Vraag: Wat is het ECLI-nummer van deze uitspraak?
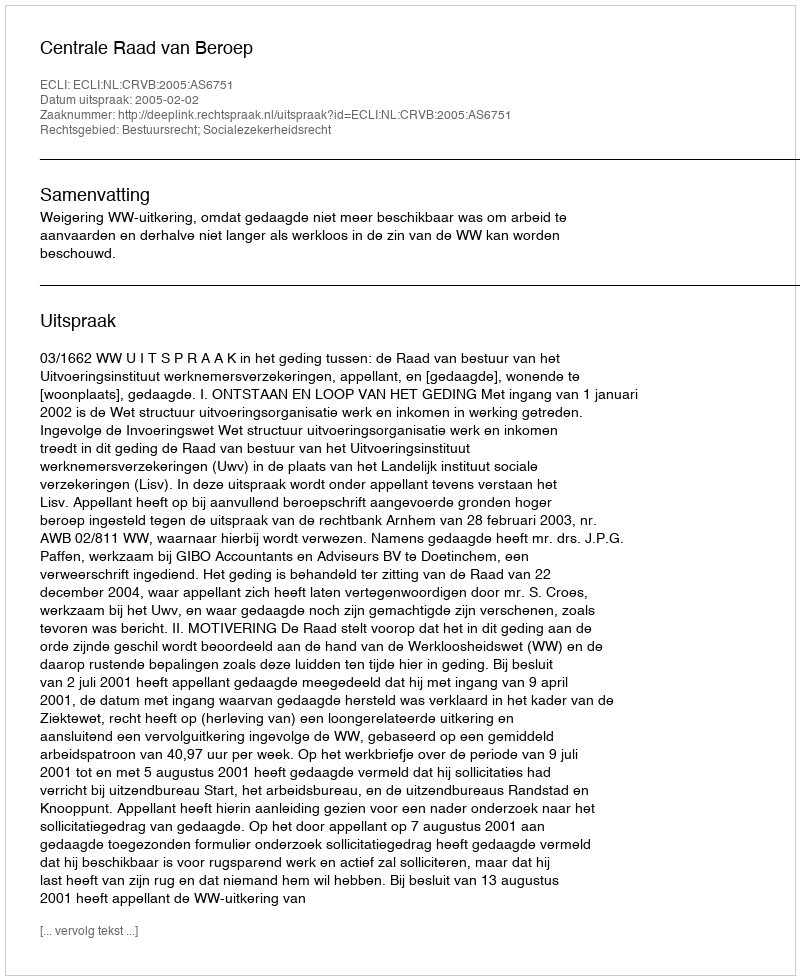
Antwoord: ECLI:NL:CRVB:2005:AS6751